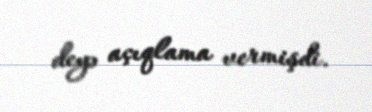
deyə açıqlama vermişdi.